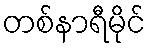
တစ်နာရီမိုင်